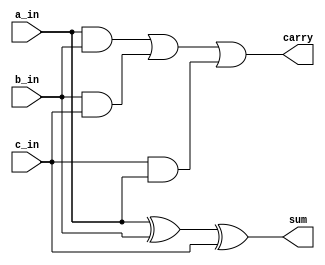
`timescale 1ns / 1ps
//////////////////////////////////////////////////////////////////////////////////
// Company: 
// Engineer: 
// 
// Design Name: 
// Module Name:    Full_adder 
// Project Name: 
// Target Devices: 
// Tool versions: 
// Description: 
//
// Dependencies: 
//
// Revision: 
// Revision 0.01 - File Created
// Additional Comments: 
//
//////////////////////////////////////////////////////////////////////////////////
module Full_adder(
    input a_in, b_in,c_in,
    output sum,carry
    );

	assign sum = a_in ^ b_in ^ c_in;
	assign carry = (a_in & b_in) | (b_in & c_in)| (c_in & a_in);
endmodule